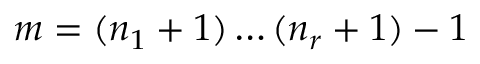
m = ( n _ { 1 } + 1 ) \ldots ( n _ { r } + 1 ) - 1